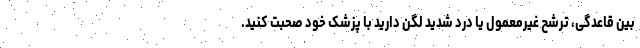
بین قاعدگی، ترشح غیرمعمول یا درد شدید لگن دارید با پزشک خود صحبت کنید.